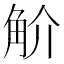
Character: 𧣋